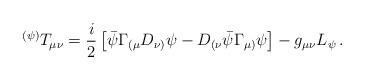
LaTeX: \begin{align*} {}^{(\psi)} T_{\mu\nu}=\frac{i}{2}\left[\bar{\psi}\Gamma_{(\mu} D_{\nu)} \psi-D_{(\nu} \bar{\psi} \Gamma_{\mu)} \psi\right] - g_{\mu\nu}L_\psi \, .\end{align*}